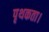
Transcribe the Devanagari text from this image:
पृथकता।